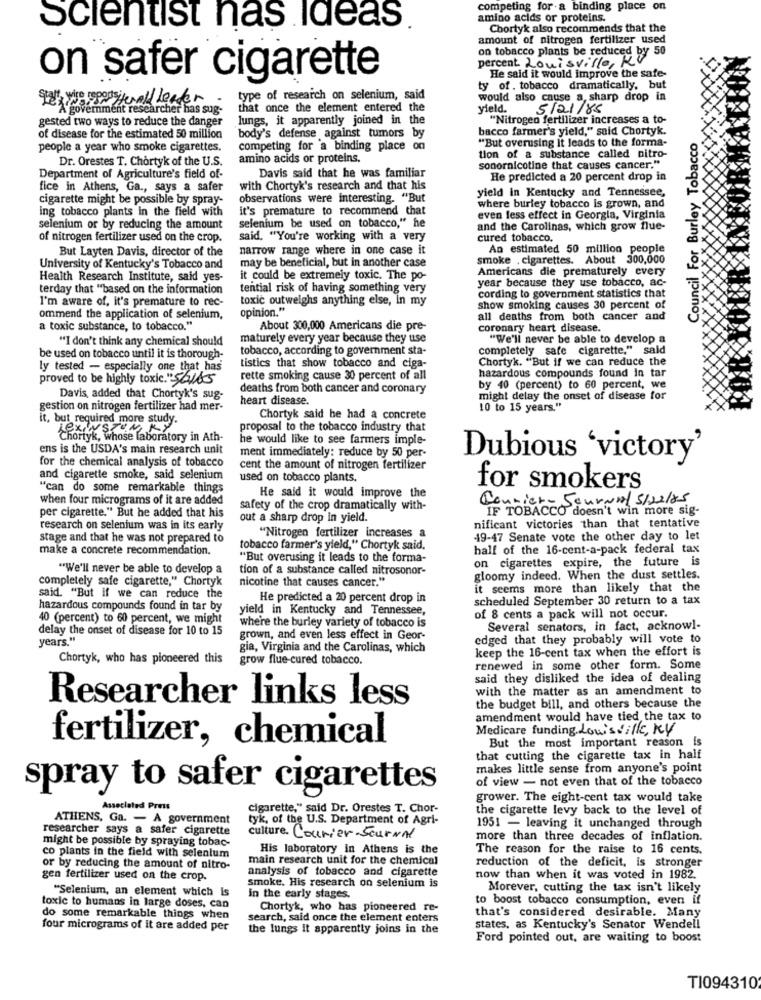
competing for a binding place on
amino acids or proteins.
Scientist nas ideas
Chortyk also recommends that the
amount of nitrogen fertilizer used
on tobacco plants be reduced by 50
percent. Louisville, KV
on safer cigarette
He said it would improve the safe-
ty of . tobacco dramatically, but
Ser wo sporywall leader
type of research on selenium, said
would also cause a, sharp drop in
government researcher has sug-
that once the element entered the
yield.
5/21/85
gested two ways to reduce the danger
lungs, it apparently joined in the
"Nitrogen fertilizer increases a to-
bacco farmer's yield," said Chortyk.
of disease for the estimated 50 million
body's defense against tumors by
"But overusing it leads to the forma-
Council For Burley Tobacco
people a year who smoke cigarettes.
competing for a binding place on
Dr. Orestes T. Chortyk of the U.S.
amino acids or proteins.
tion of a substance called nitro-
sonornicotine that causes cancer."
Department of Agriculture's field of-
Davis said that he was familiar
He predicted a 20 percent drop in
fice in Athens, Ga ., says a safer
with Chortyk's research and that his
yield in Kentucky and Tennessee,
cigarette might be possible by spray-
observations were interesting. "But
ing tobacco plants in the field with
it's premature to recommend that
where burley tobacco is grown, and
even less effect in Georgia, Virginia
selenium or by reducing the amount
selenium be used on tobacco," he
and the Carolinas, which grow flue-
of nitrogen fertilizer used on the crop.
said, "You're working with a very
cured tobacco.
But Layten Davis, director of the
narrow range where in one case it
An estimated 50 million people
may be beneficial, but in another case
smoke , cigarettes. About 300,000
University of Kentucky's Tobacco and
Americans die prematurely every
Health Research Institute, said yes-
it could be extremely toxic. The po-
year because they use tobacco, ac-
terday that "based on the information
tential risk of having something very
I'm aware of, it's premature to rec-
toxic outweighs anything else, in my
cording to government statistics that
opinion."
show smoking causes 30 percent of
ommend the application of selenium,
all deaths from both cancer and
a toxic substance, to tobacco."
About 300,000 Americans die pre-
coronary heart disease.
"I don't think any chemical should
maturely every year because they use
"We'll never be able to develop a
tobacco, according to government sta-
completely safe cigarette," said
be used on tobacco until it is thorough-
ly tested - especially one that has
tistics that show tobacco and ciga-
Chortyk. "But if we can reduce the
hazardous compounds found In tar
proved to be highly toxic." 56185
rette smoking cause 30 percent of all
deaths from both cancer and coronary
by 40 (percent) to 60 percent, we
Davis, added that Chortyk's sug-
heart disease.
might delay the onset of disease for
gestion on nitrogen fertilizer had mer-
10 to 15 years."
it, but required more study.
Chortyk said he had a concrete
LEXINSTON KY
proposal to the tobacco industry that
Chortyk, whose laboratory in Ath-
he would like to see farmers imple-
ens is the USDA's main research unit
ment immediately: reduce by 50 per-
for the chemical analysis of tobacco
Dubious 'victory'
cent the amount of nitrogen fertilizer
and cigarette smoke, said selenium
used on tobacco plants.
"can do some remarkable things
He said it would improve the
for smokers
when four micrograms of it are added
Courier- Journal 5/02/25
safety of the crop dramatically with-
IF TOBACCO doesn't win more sig-
per cigarette." But he added that his
out a sharp drop in yield.
research on selenium was in its early
nificant victories than that tentative
stage and that he was not prepared to
"Nitrogen fertilizer increases a
49-47 Senate vote the other day to let
make a concrete recommendation.
tobacco farmer's yield," Chortyk said,
half of the 16-cent-a-pack federal tax
"But overusing it leads to the forma-
on cigarettes expire, the future is
"We'll never be able to develop a
tion of a substance called nitrosonor-
completely safe cigarette," Chortyk
nicotine that causes cancer."
gloomy indeed. When the dust settles.
it seems more than likely that the
said. "But if we can reduce the
He predicted a 20 percent drop in
scheduled September 30 return to a tax
hazardous compounds found in tar by
yield in Kentucky and Tennessee,
40 (percent) to 60 percent, we might
where the burley variety of tobacco is
of 8 cents a pack will not occur.
delay the onset of disease for 10 to 15
Several senators, in fact, acknow !-
years."
grown, and even less effect in Geor-
edged that they probably will vote to
gia, Virginia and the Carolinas, which
keep the 16-cent tax when the effort is
Chortyk, who has pioneered this
grow flue-cured tobacco.
renewed in some other form. Some
said they disliked the idea of dealing
with the matter as an amendment to
Researcher links less
the budget bill, and others because the
amendment would have tied the tax to
Medicare funding. LouisVille, Ky
fertilizer, chemical
But the most important reason is
that cutting the cigarette tax in half
makes little sense from anyone's point
of view - not even that of the tobacco
spray to safer cigarettes
grower. The eight-cent tax would take
Associated Press
cigarette," said Dr. Orestes T. Chor-
the cigarette levy back to the level of
ATHENS, Ga. - A government
tyk, of the U.S. Department of Agri-
researcher says a safer cigarette
1951 - leaving it unchanged through
might be possible by spraying tobac-
culture. Courier-Journal
more than three decades of inflation.
His laboratory in Athens is the
The reason for the raise to 16 cents.
co plants in the field with selenium
main research unit for the chemical
or by reducing the amount of nitro-
analysis of tobacco and cigarette
reduction of the deficit, is stronger
gen fertilizer used on the crop.
smoke. His research on selenium is
now than when it was voted in 1982.
"Selenium, an element which is
Morever, cutting the tax isn't likely
in the early stages.
to boost tobacco consumption, even if
toxic to humans in large doses, can
Chortyk, who has pioneered re-
do some remarkable things when
search, said once the element enters
that's considered desirable. Many
four micrograms of it are added per
the lungs it apparently joins in the
states, as Kentucky's Senator Wendell
Ford pointed out, are waiting to boost
TI094310